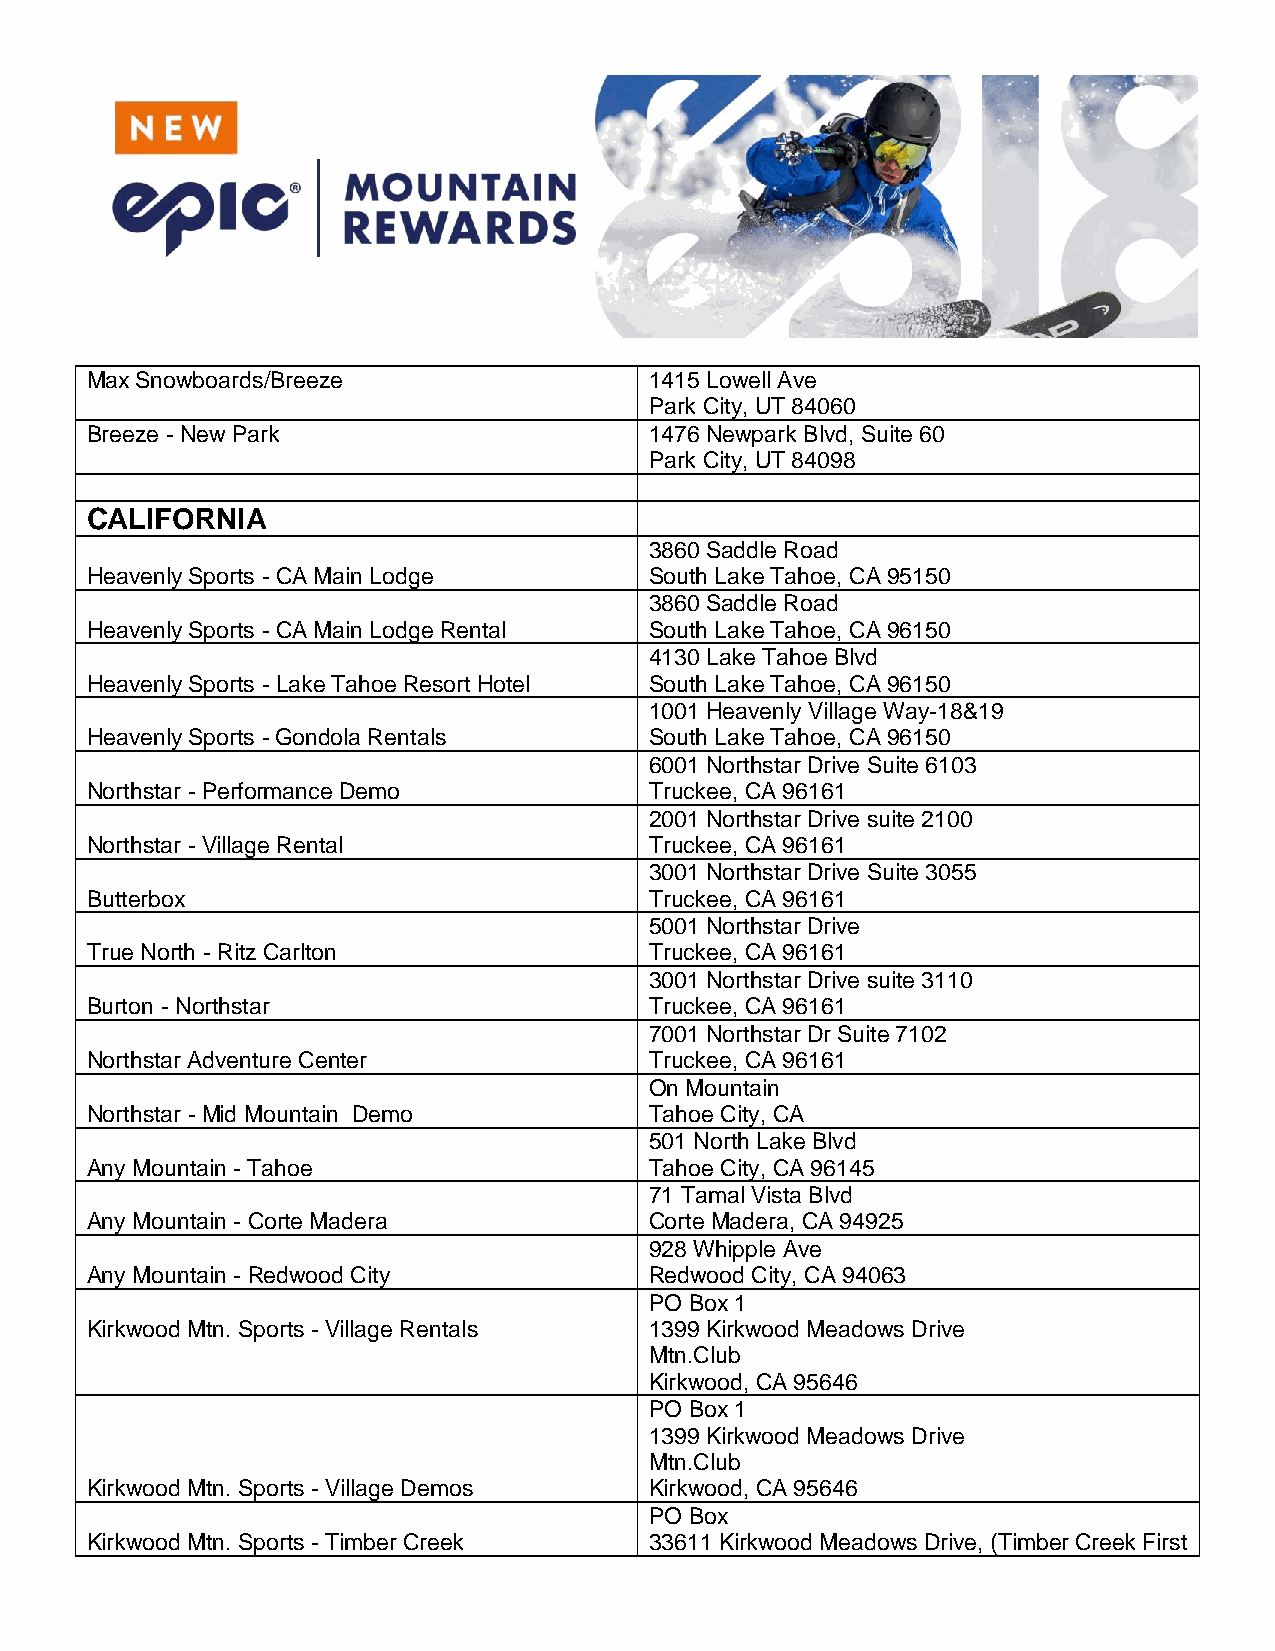
Max Snowboards/Breeze                1415 Lowell Ave
 Park City, UT 84060
 Breeze - New Park                    1476 Newpark Blvd, Suite 60
 Park City, UT 84098
 CALIFORNIA
 3860 Saddle Road
 Heavenly Sports - CA Main Lodge      South Lake Tahoe, CA 95150
 3860 Saddle Road
 Heavenly Sports - CA Main Lodge Rental South Lake Tahoe, CA 96150
 4130 Lake Tahoe Blvd
 Heavenly Sports - Lake Tahoe Resort Hotel South Lake Tahoe, CA 96150
 1001 Heavenly Village Way-18&19
 Heavenly Sports - Gondola Rentals    South Lake Tahoe, CA 96150
 6001 Northstar Drive Suite 6103
 Northstar - Performance Demo         Truckee, CA 96161
 2001 Northstar Drive suite 2100
 Northstar - Village Rental           Truckee, CA 96161
 3001 Northstar Drive Suite 3055
 Butterbox                            Truckee, CA 96161
 5001 Northstar Drive
 True North - Ritz Carlton            Truckee, CA 96161
 3001 Northstar Drive suite 3110
 Burton - Northstar                   Truckee, CA 96161
 7001 Northstar Dr Suite 7102
 Northstar Adventure Center           Truckee, CA 96161
 On Mountain
 Northstar - Mid Mountain Demo        Tahoe City, CA
 501 North Lake Blvd
 Any Mountain - Tahoe                 Tahoe City, CA 96145
 71 Tamal Vista Blvd
 Any Mountain - Corte Madera          Corte Madera, CA 94925
 928 Whipple Ave
 Any Mountain - Redwood City          Redwood City, CA 94063
 PO Box 1
 Kirkwood Mtn. Sports - Village Rentals 1399 Kirkwood Meadows Drive
 Mtn.Club
 Kirkwood, CA 95646
 PO Box 1
 1399 Kirkwood Meadows Drive
 Mtn.Club
 Kirkwood Mtn. Sports - Village Demos Kirkwood, CA 95646
 PO Box
 Kirkwood Mtn. Sports - Timber Creek  33611 Kirkwood Meadows Drive, (Timber Creek First